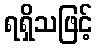
ရရှိသဖြင့်